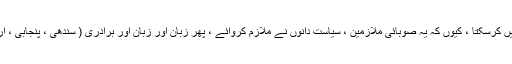
یہ ایسا سچ ہے کہ جس سے کوئی انکار نہیں کرسکتا ، کیوں کہ یہ صوبائی ملازمین ، سیاست دانوں نے ملازم کروائے ، پھر زبان اور زبان اور برادری ( سندھی ، پنجابی ، اردو سپیکنگ ، قائم خانی )نے بھی اثر ڈالا ۔